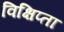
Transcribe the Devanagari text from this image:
विक्षिप्ता